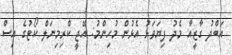
އަބްދު ގާޒީއާ މެދު ފިޔަވަޅު އެޅުން މުހިންމު: އޭޖީ ކްރިމިނަލް ކޯޓުގެ އިސް